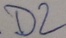
Text: D2